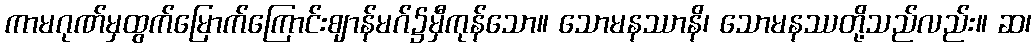
ကာမဂုဏ်မှထွက်မြောက်ကြောင်းဈာန်မဂ်၌မှီကုန်သော။ သောမနဿာနိ၊ သောမနဿတို့သည်လည်း။ ဆ၊